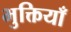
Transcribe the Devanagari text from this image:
भुक्तियाँ